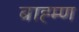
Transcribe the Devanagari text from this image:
बाह्म्ण